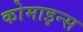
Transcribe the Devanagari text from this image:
कोमाइन्स